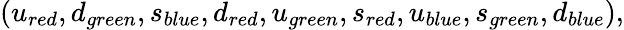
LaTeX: (u_{red},d_{green},s_{blue},d_{red},u_{green},s_{red},u_{blue},s_{green},d_{blue}),